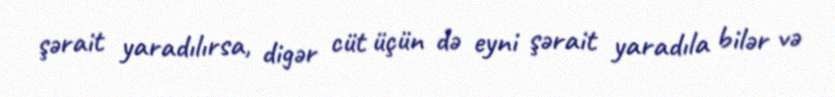
şərait yaradılırsa, digər cüt üçün də eyni şərait yaradıla bilər və